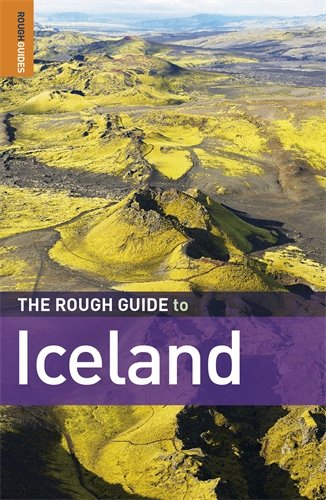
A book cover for The Rough Guide to Iceland 4; David Leffman; Travel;